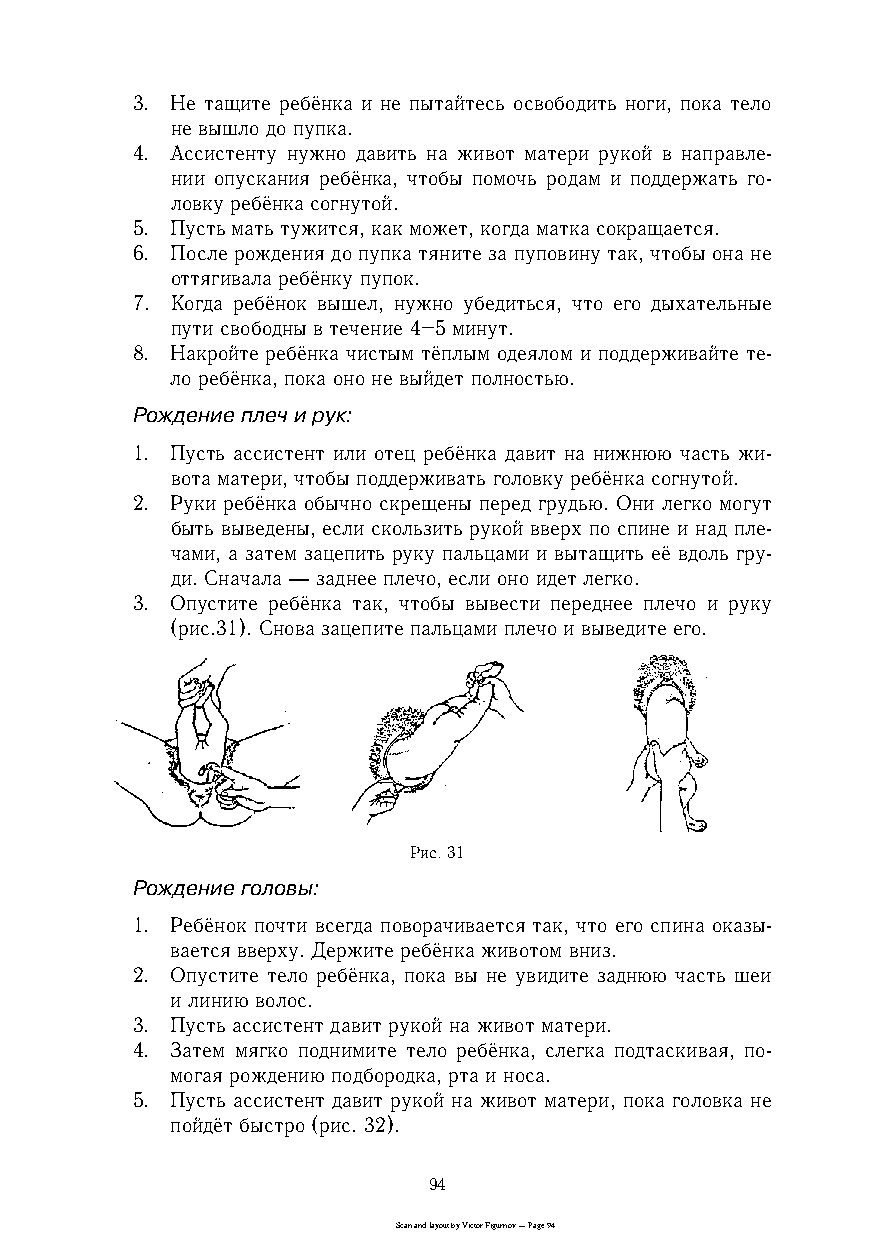
3. Не тащите ребёнка и не пытайтесь освободить ноги, пока тело
 не вышло до пупка.
 4. Ассистенту нужно давить на живот матери рукой в направлеc
 нии опускания ребёнка, чтобы помочь родам и поддержать гоc
 ловку ребёнка согнутой.
 5. Пусть мать тужится, как может, когда матка сокращается.
 6. После рождения до пупка тяните за пуповину так, чтобы она не
 оттягивала ребёнку пупок.
 7. Когда ребёнок вышел, нужно убедиться, что его дыхательные
 пути свободны в течение 4–5 минут.
 8. Накройте ребёнка чистым тёплым одеялом и поддерживайте теc
 ло ребёнка, пока оно не выйдет полностью.
 Рождение плеч и рук:
 1. Пусть ассистент или отец ребёнка давит на нижнюю часть жиc
 вота матери, чтобы поддерживать головку ребёнка согнутой.
 2. Руки ребёнка обычно скрещены перед грудью. Они легко могут
 быть выведены, если скользить рукой вверх по спине и над плеc
 чами, а затем зацепить руку пальцами и вытащить её вдоль груc
 ди. Сначала — заднее плечо, если оно идет легко.
 3. Опустите ребёнка так, чтобы вывести переднее плечо и руку
 (рис.31). Снова зацепите пальцами плечо и выведите его.
 Рис. 31
 Рождение головы:
 1. Ребёнок почти всегда поворачивается так, что его спина оказыc
 вается вверху. Держите ребёнка животом вниз.
 2. Опустите тело ребёнка, пока вы не увидите заднюю часть шеи
 и линию волос.
 3. Пусть ассистент давит рукой на живот матери.
 4. Затем мягко поднимите тело ребёнка, слегка подтаскивая, поc
 могая рождению подбородка, рта и носа.
 5. Пусть ассистент давит рукой на живот матери, пока головка не
 пойдёт быстро (рис. 32).
 94
 Scan and layout by Victor Figurnov — Page 94